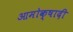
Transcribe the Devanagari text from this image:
आमोक्षादी